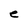
Character: e